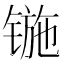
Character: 𰾢